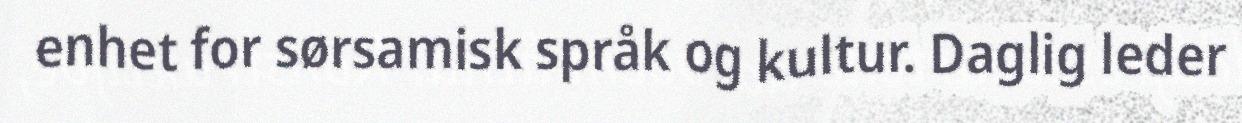
enhet for sørsamisk språk og kultur. Daglig leder